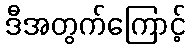
ဒီအတွက်ကြောင့်